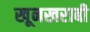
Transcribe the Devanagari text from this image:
खूनखराबी